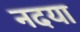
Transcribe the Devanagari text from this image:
नदया